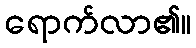
ရောက်လာ၏။